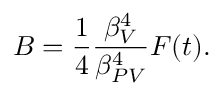
B = \frac { 1 } { 4 } \frac { \beta _ { V } ^ { 4 } } { \beta _ { P V } ^ { 4 } } F ( t ) .